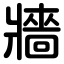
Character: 牆